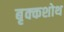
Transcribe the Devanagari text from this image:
बृक्कशोथ